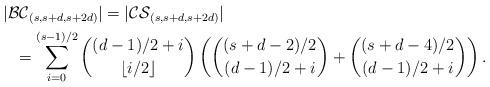
LaTeX: \begin{align*}&|\mathcal{BC}_{(s,s+d,s+2d)}|=|\mathcal{CS}_{(s,s+d,s+2d)}|\\&~~=\sum_{i=0}^{(s-1)/2}\binom{(d-1)/2+i}{\lfloor i/2 \rfloor}\left( \binom{(s+d-2)/2}{(d-1)/2+i} + \binom{(s+d-4)/2}{(d-1)/2+i}\right).\end{align*}